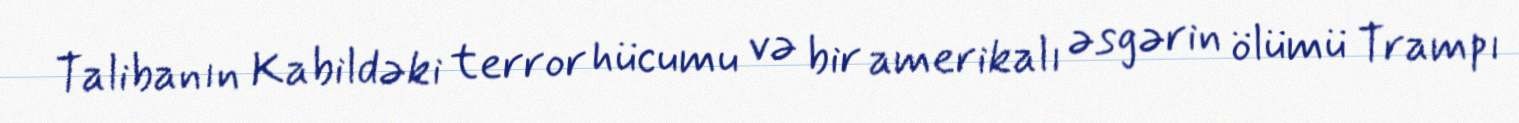
Talibanın Kabildəki terror hücumu və bir amerikalı əsgərin ölümü Trampı